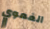
الفموي